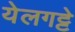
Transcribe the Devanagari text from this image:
येलगट्टे